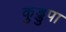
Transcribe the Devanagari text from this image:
कुड्डुपा